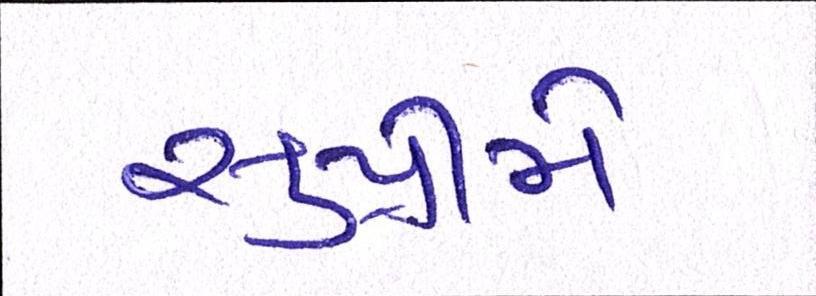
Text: સુપ્રીમે